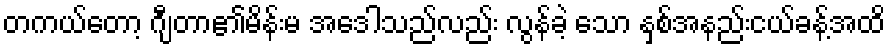
တကယ်တော့ ဂျီတာ၏မိန်းမ အေဒါသည်လည်း လွန်ခဲ့ သော နှစ်အနည်းငယ်ခန့်အထိ